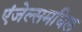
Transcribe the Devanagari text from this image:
एंजेल्समधिल